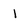
Character: 1